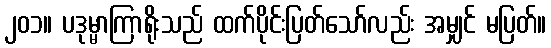
၂၀၁။ ပဒုမ္မာကြာရိုးသည် ထက်ပိုင်းပြတ်သော်လည်း အမျှင် မပြတ်။